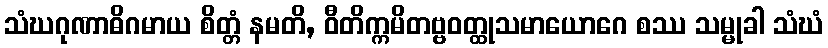
သံဃဂုဏာဓိဂမာယ စိတ္တံ နမတိ, ဝီတိက္ကမိတဗ္ဗဝတ္ထုသမာယောဂေ စဿ သမ္မုခါ သံဃံ